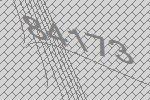
84173